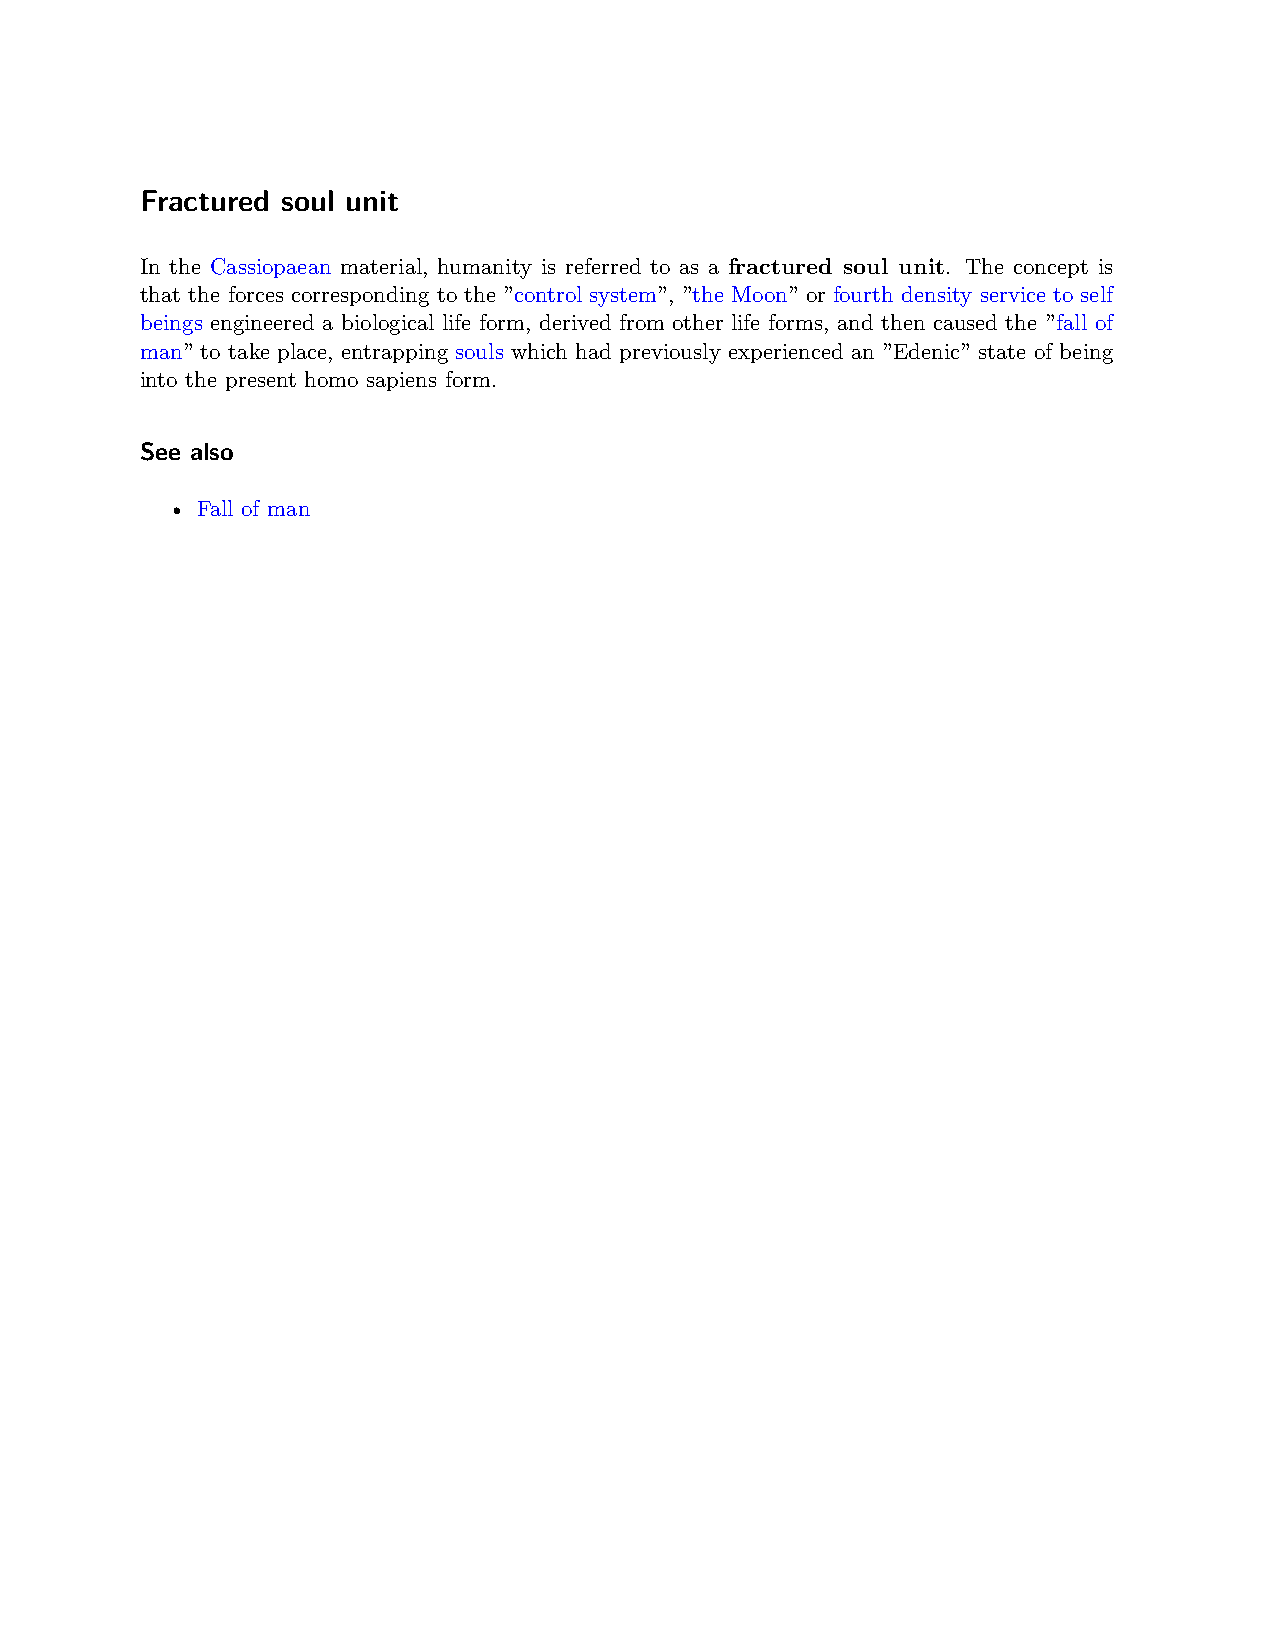
Fractured soul unit
 In the Cassiopaean material, humanity is referred to as a fractured soul unit. The concept is
 that the forces corresponding to the ”control system”, ”the Moon” or fourth density service to self
 beings engineered a biological life form, derived from other life forms, and then caused the ”fall of
 man” to take place, entrapping souls which had previously experienced an ”Edenic” state of being
 into the present homo sapiens form.
 See also
 • Fall of man